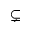
\subsetneq